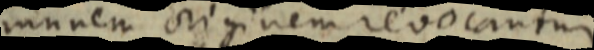
munem originem revocantur